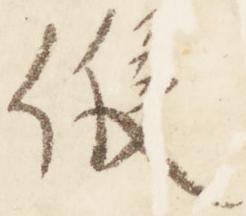
候